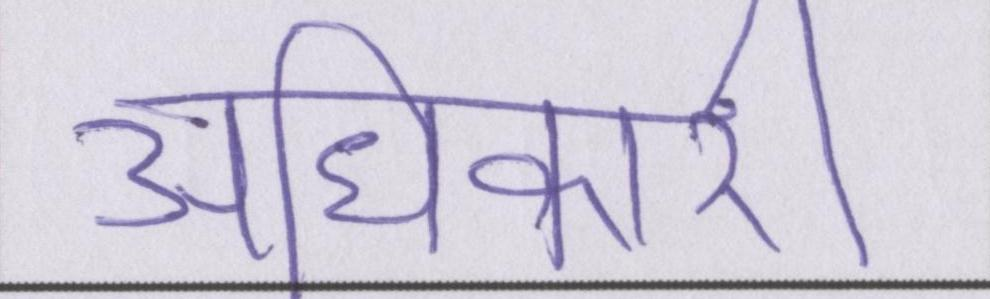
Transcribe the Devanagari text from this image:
अधिकारी